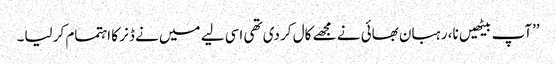
’’آپ بیٹھیں نا، رہبان بھائی نے مجھے کال کر دی تھی اسی لیے میں نے ڈنر کا اہتمام کر لیا۔